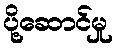
ပို့ဆောင်မှု